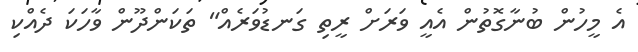
އެ މީހުން ބުނާގޮތުން އެއީ ވަރަށް ރީތި ގަނޑުވަރެއް" ތަކަންދޫން ވާހަކަ ދެއްކި